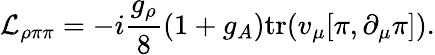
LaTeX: {\cal L}_{\rho\pi\pi}=-i\frac{g_{\rho}}{8}(1+g_{A})\mathrm{tr}(v_{\mu}[\pi,\partial_{\mu}\pi]).